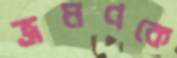
ভ্রমণকে